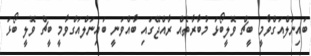
ބައިނަލްއަގްވާމީ ބީޗް ވޮލީބޯޅަ މުބާރާތެއް ރާއްޖޭގައި ބާއްވަނީ ބައިނަލްއަގްވާމީ ބީޗް ވޮލީ ބޯޅަ